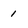
Character: 1